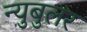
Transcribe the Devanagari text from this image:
न्‍युबुलर